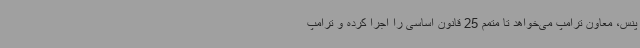
پنس، معاون ترامپ می‌خواهد تا متمم 25 قانون اساسی را اجرا کرده و ترامپ